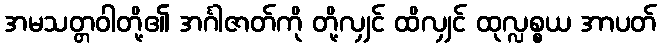
အမသတ္တဝါတို့၏ အင်္ဂါဇာတ်ကို တို့လျှင် ထိလျှင် ထုလ္လစ္စယ အာပတ်